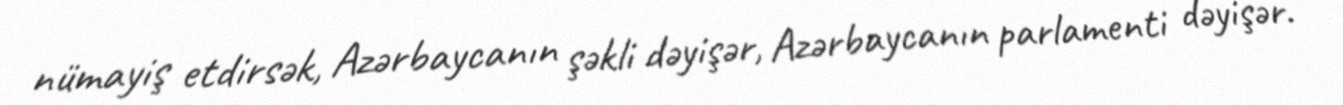
nümayiş etdirsək, Azərbaycanın şəkli dəyişər, Azərbaycanın parlamenti dəyişər.